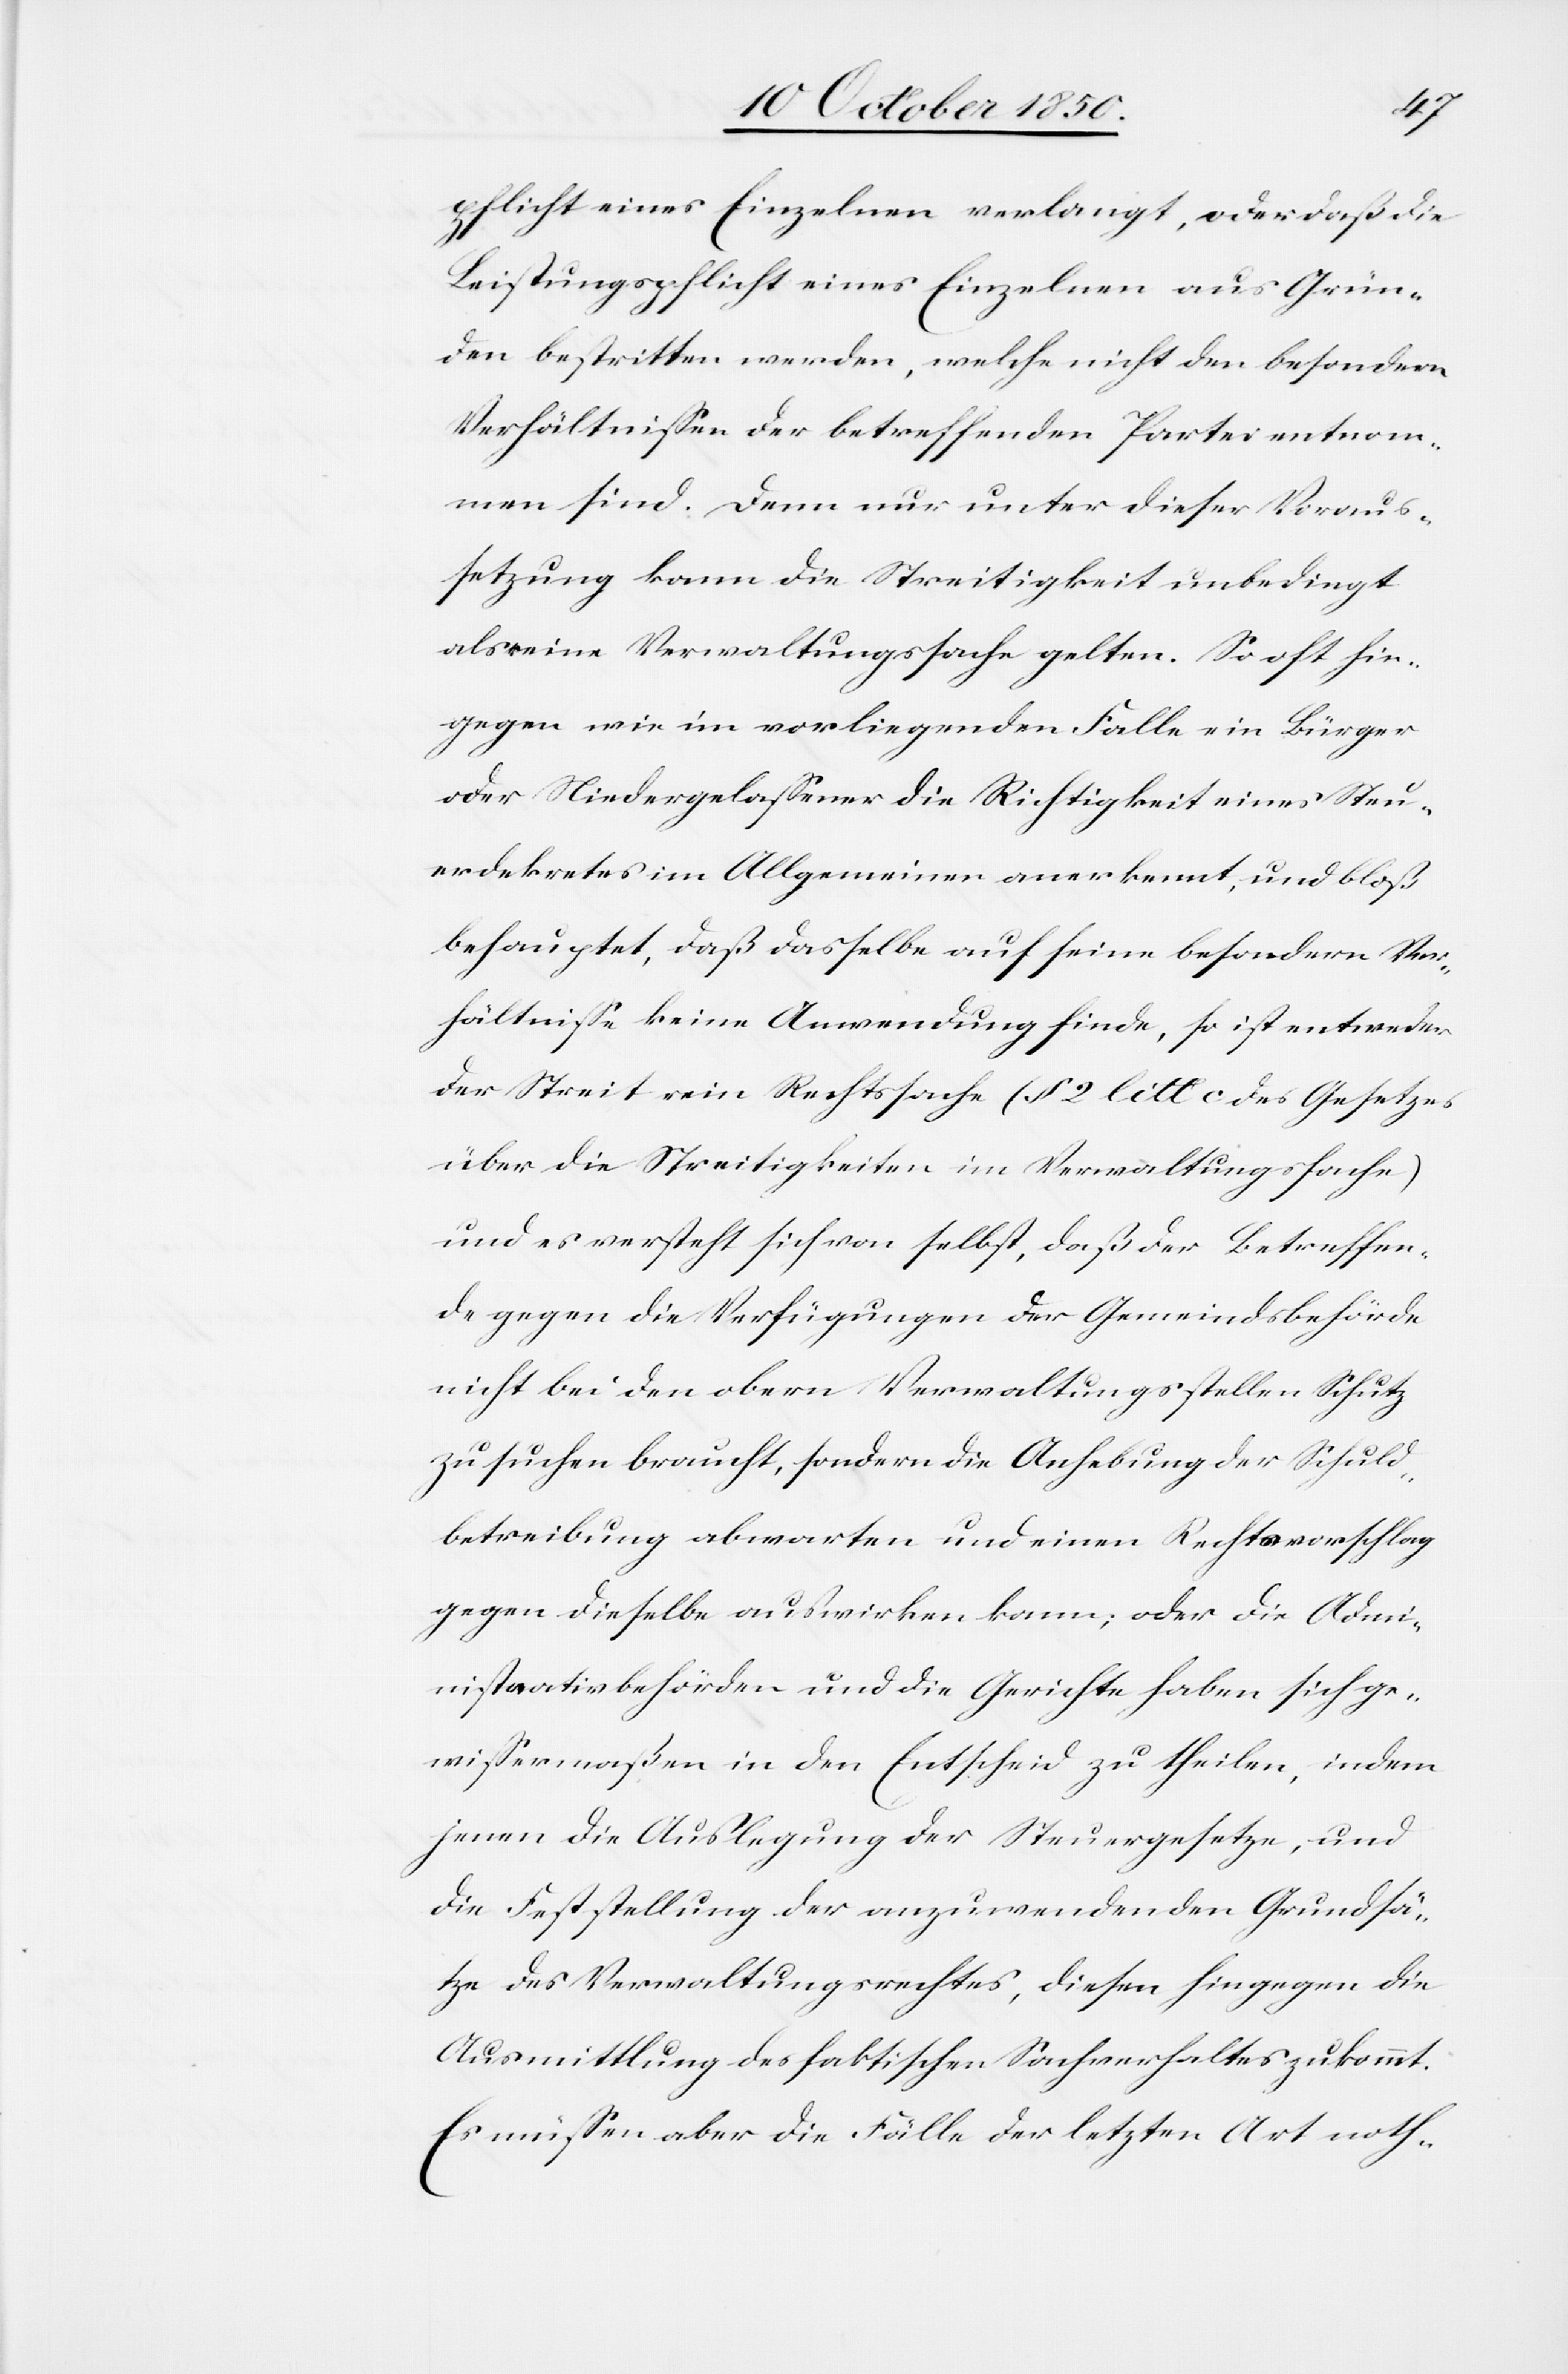
pflicht eines Einzelnen verlangt, oder daß die
Leistungspflicht eines Einzelnen aus Grün¬
den bestritten werden, welche nicht den besondern
Verhältnissen der betreffenden Partei entnom¬
men sind. Denn nur unter dieser Voraus¬
setzung kann die Streitigkeit unbedingt
als eine Verwaltungssache gelten. So oft hin¬
gegen wie im vorliegenden Falle ein Bürger
oder Niedergelassener die Richtigkeit eines Steu¬
erdekretes im Allgemeinen anerkennt, und bloß
behauptet, daß dasselbe auf seine besondern Ver¬
hältnisse keine Anwendung finde, so ist entweder
der Streit rein Rechtssache (§ 2 litt c des Gesetzes
über die Streitigkeiten im Verwaltungsfache)
und es versteht sich von selbst, daß der Betreffen¬
de gegen die Verfügungen der Gemeindsbehörde
nicht bei den obern Verwaltungsstellen Schutz
zu suchen braucht, sondern die Anhebung der Schuld¬
betreibung abwarten und einen Rechtsvorschlag
gegen dieselbe auswirken kann; oder die Admi¬
nistrativbehörden und die Gerichte haben sich ge¬
wissermaßen in den Entscheid zu theilen, indem
jenen die Auslegung der Steuergesetze, und
die Feststellung der anzuwendenden Grundsä¬
tze des Verwaltungsrechtes, diesen hingegen die
Ausmittlung des faktischen Sachverhaltes zukommt.
Es müssen aber die Fälle der letzten Art noth-